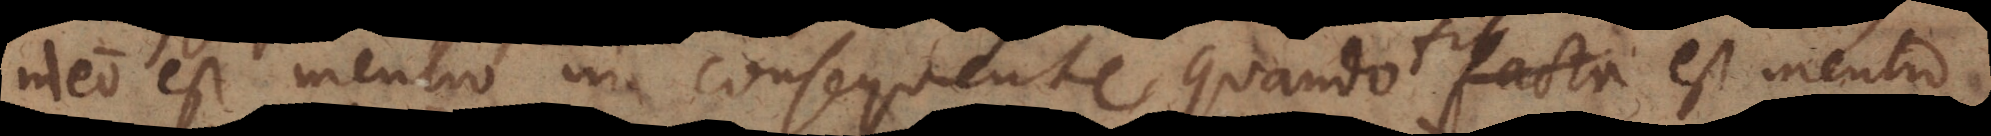
ideo est mentio in consequente quando facta est mentio